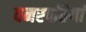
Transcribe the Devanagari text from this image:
वनस्‍पतियां